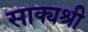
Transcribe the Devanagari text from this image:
साक्यश्री